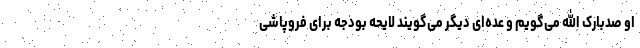
او صدبارک الله می‌گویم و عده‌ای دیگر می‌گویند لایحه بودجه برای فروپاشی